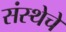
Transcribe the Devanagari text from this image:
संस्‍थेचे